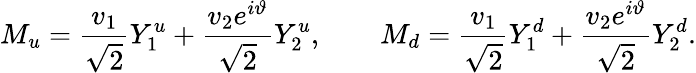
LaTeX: {M}_{u}=\frac{v_{1}}{\sqrt 2}{Y}_{1}^{u}+\frac{v_{2}e^{i\vartheta}}{\sqrt 2}{Y}_{2}^{u},\qquad{M}_{d}=\frac{v_{1}}{\sqrt 2}{Y}_{1}^{d}+\frac{v_{2}e^{i\vartheta}}{\sqrt 2}{Y}_{2}^{d}.